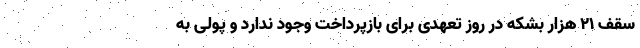
سقف 21 هزار بشکه در روز تعهدی برای بازپرداخت وجود ندارد و پولی به